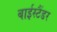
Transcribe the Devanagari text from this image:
बाईस्टैंडर